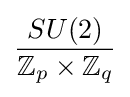
{\frac {SU(2)}{\mathbb {Z} _{p}\times \mathbb {Z} _{q}}}